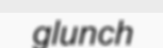
glunch